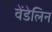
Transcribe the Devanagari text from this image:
वेंडेलिन